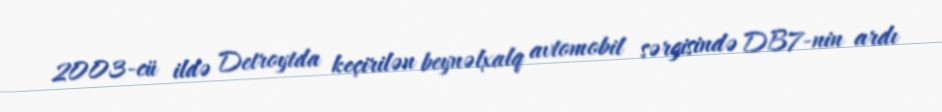
2003-cü ildə Detroytda keçirilən beynəlxalq avtomobil sərgisində DB7-nin ardı